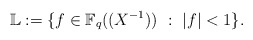
\begin{align*}{\mathbb L}:=\{f\in{\mathbb F}_q((X^{-1}))\ :\ \vert f\vert<1\}.\end{align*}